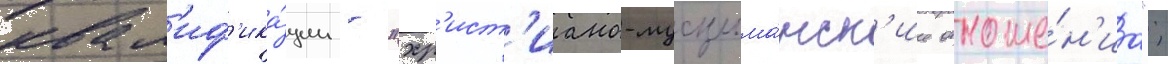
квал'иф'ика́ции - "хр'ист'иано-мусульма́нск'ие отноше́н'иа";